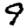
Digit: 9